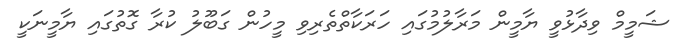
ޝަމީމް ވިދާޅުވީ ޔާމީން މަރާލުމުގައި ހަރަކާތްތެރިވި މީހުން ގަބޫލު ކުރާ ގޮތުގައި ޔާމީނަކީ